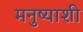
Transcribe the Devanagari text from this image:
मनुष्याशी